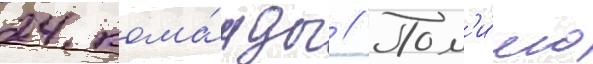
24 кома́нды // Пом'и́мо